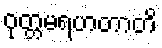
ဝုတ္တမရဟတာတိ